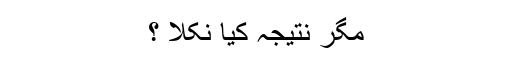
مگر نتیجہ کیا نکلا ؟